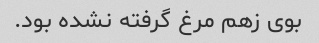
بوی زهم مرغ گرفته نشده بود.